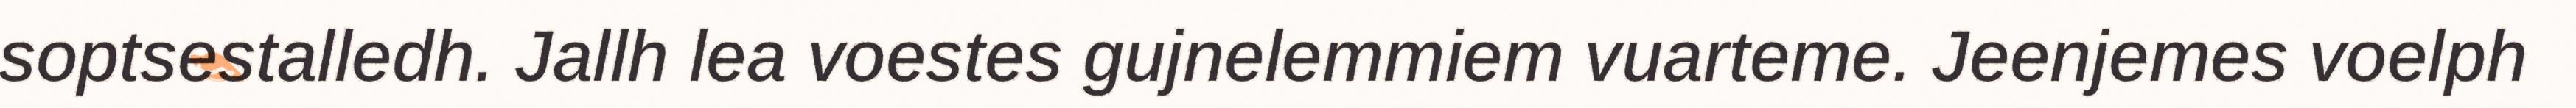
soptsestalledh. Jallh lea voestes gujnelemmiem vuarteme. Jeenjemes voelph